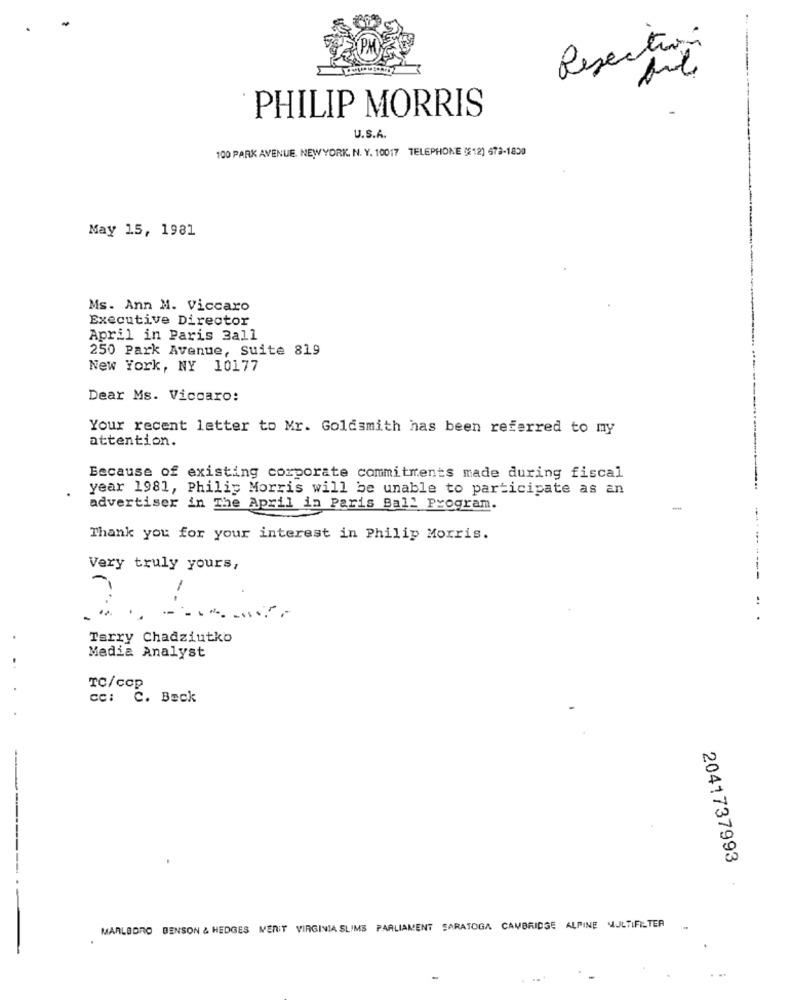
.
Resection
PHILIP MORRIS
U.S.A.
100 PARK AVENUE. NEWYORK. N. Y. 10017 TELEPHONE (812) 673-1800
May 15, 1981
Ms. Ann M. Viccaro
Executive Director
April in Paris 3all
250 Park Avenue, suite 819
New York, NY 10177
--
Dear Ms. Viccaro:
Your recent letter to Mr. Goldsmith has been referred to my
attention.
Because of existing corporate commitments made during fiscal
year 1981, Philip Morris will be unable to participate as an
advertiser in The April in Paris Ball Program.
Thank you for your interest in Philip Morris.
Very truly yours,
..
.
Terry Chadziutko
Media Analyst
TC/ccp
cc: C. Beck
2041737993
-------
MARLBORO BENSON & HEDGES MERIT VIRGINIA SLIMS PARLIAMENT SARATOGA CAMBRIDGE ALPINE MULTIFELTER